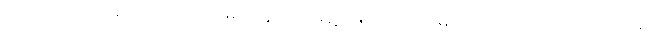
ကောင်ကလေးများ ပြည်သူအများတွင် အရှေ့မြောက်ဒေသမှ ပုံအထိ တင်းတင်းကိုင်ကာ